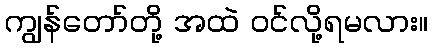
ကျွန်တော်တို့ အထဲ ဝင်လို့ရမလား။